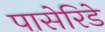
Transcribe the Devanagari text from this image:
पासेरिडे